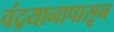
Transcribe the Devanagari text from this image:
चंद्रयानापासून